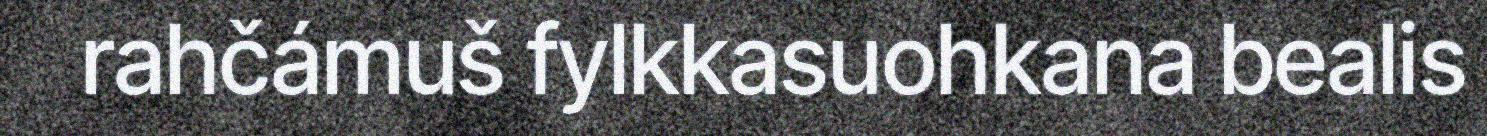
rahčámuš fylkkasuohkana bealis